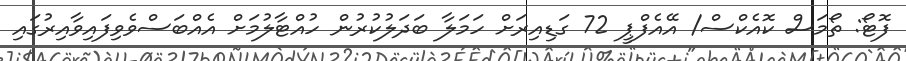
ފޮޓޯ: ތޯމަސް ކޮއެކްސް/ އޭއެފްޕީ 72 ގަޑިއިރަށް ހަމަލާ ބަދަލުކުރުން ހުއްޓާލުމަށް އެއްބަސްވެވިފައިވާއިރުގައި